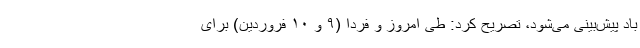
باد پیش‌بینی می‌شود، تصریح کرد: طی امروز و فردا (۹ و ۱۰ فروردین) برای